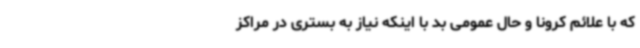
که با علائم کرونا و حال عمومی بد با اینکه نیاز به بستری در مراکز